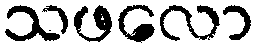
သဖလော